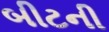
બીટની